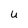
Character: U